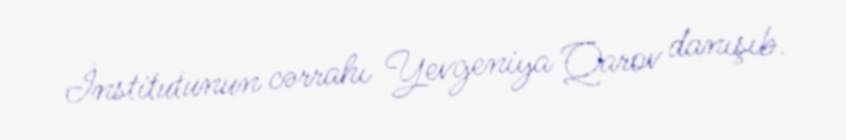
İnstitutunun cərrahı Yevgeniya Qarov danışıb.